system: You are a helpful assistant.
user:
Analyze the provided spectrum to determine if it is a **Carbon Star (C-type)**.

- **Key Visual Indicators of Carbon Star:**
    - **(Primary):** Strong molecular absorption from **C₂ (diatomic carbon) "Swan Bands."** This is the **defining feature** of a carbon star.
        - **(Key Bandheads):** Sharp absorption edges are visible at approximately $5635$ Å, $5165$ Å (the strongest band), and $4737$ Å.
        - **(Line Profile):** Creates a distinct **"saw-tooth"** pattern. The key morphology is a sharp, steep bandhead on the **red (long-wavelength) side**, which then gradually tapers off (i.e., flux recovers) towards the **blue (short-wavelength) side**. *(This is the direct opposite of the TiO bands seen in M-type stars)*.

    - **(Secondary):** Intense **CN (cyanogen)** molecular absorption bands.
        - **(Key Bandheads):** Located in the blue and violet regions of the spectrum (e.g., near $4215$ Å and $3883$ Å).
        - **(Morphology):** These bands are extremely broad and act as a "blanket," absorbing the vast majority of blue and violet light. This creates a characteristic **"cliff"** or **"steep drop-off"** in the spectrum's flux at short wavelengths.

    - **(Key Confirmation):** Strong **CH absorption band (G-band)**.
        - **(Key Bandhead):** Located around $4300$ Å. The contribution from CH molecules to this band is exceptionally strong.

    - **(Overall Spectrum):**
        - The continuum is severely "chopped up" by these deep molecular bands, especially C₂, rather than appearing as a smooth curve.
        - Due to the heavy CN and C₂ absorption in the blue-green, the vast majority of the star's flux is concentrated in the red part of the spectrum, giving the star its characteristic deep red color.

Think first, call **spectral_visualization_tool** if needed to examine features in detail, then provide your final answer. Your response must adhere to the following strict rules:
1.  **Overall Structure:** Your response must follow the format `<think>...</think> <tool_call>...</tool_call> (if a tool is used) <answer>...</answer>`.
2.  **Tool Usage Constraint:** You may only make **one** tool call per turn.
3.  **Final Answer Format:** In the `<answer>` tag, your conclusion must be inside a `\boxed{}` command (e.g., `\boxed{YES}`), followed by your justification.

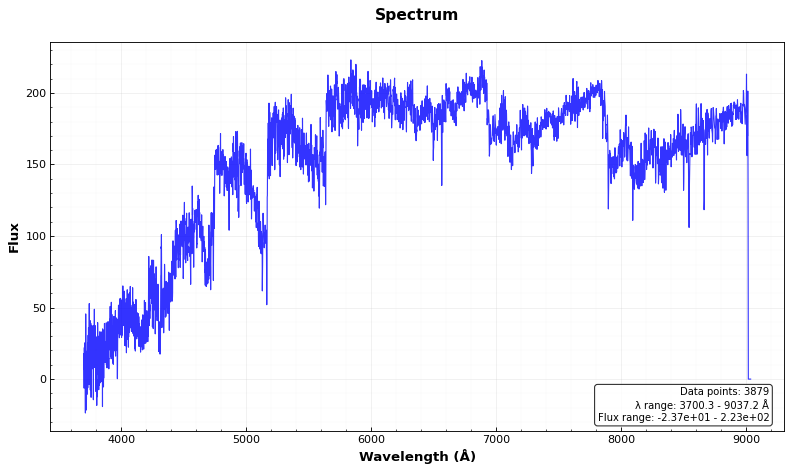
Answer: YES